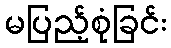
မပြည့်စုံခြင်း